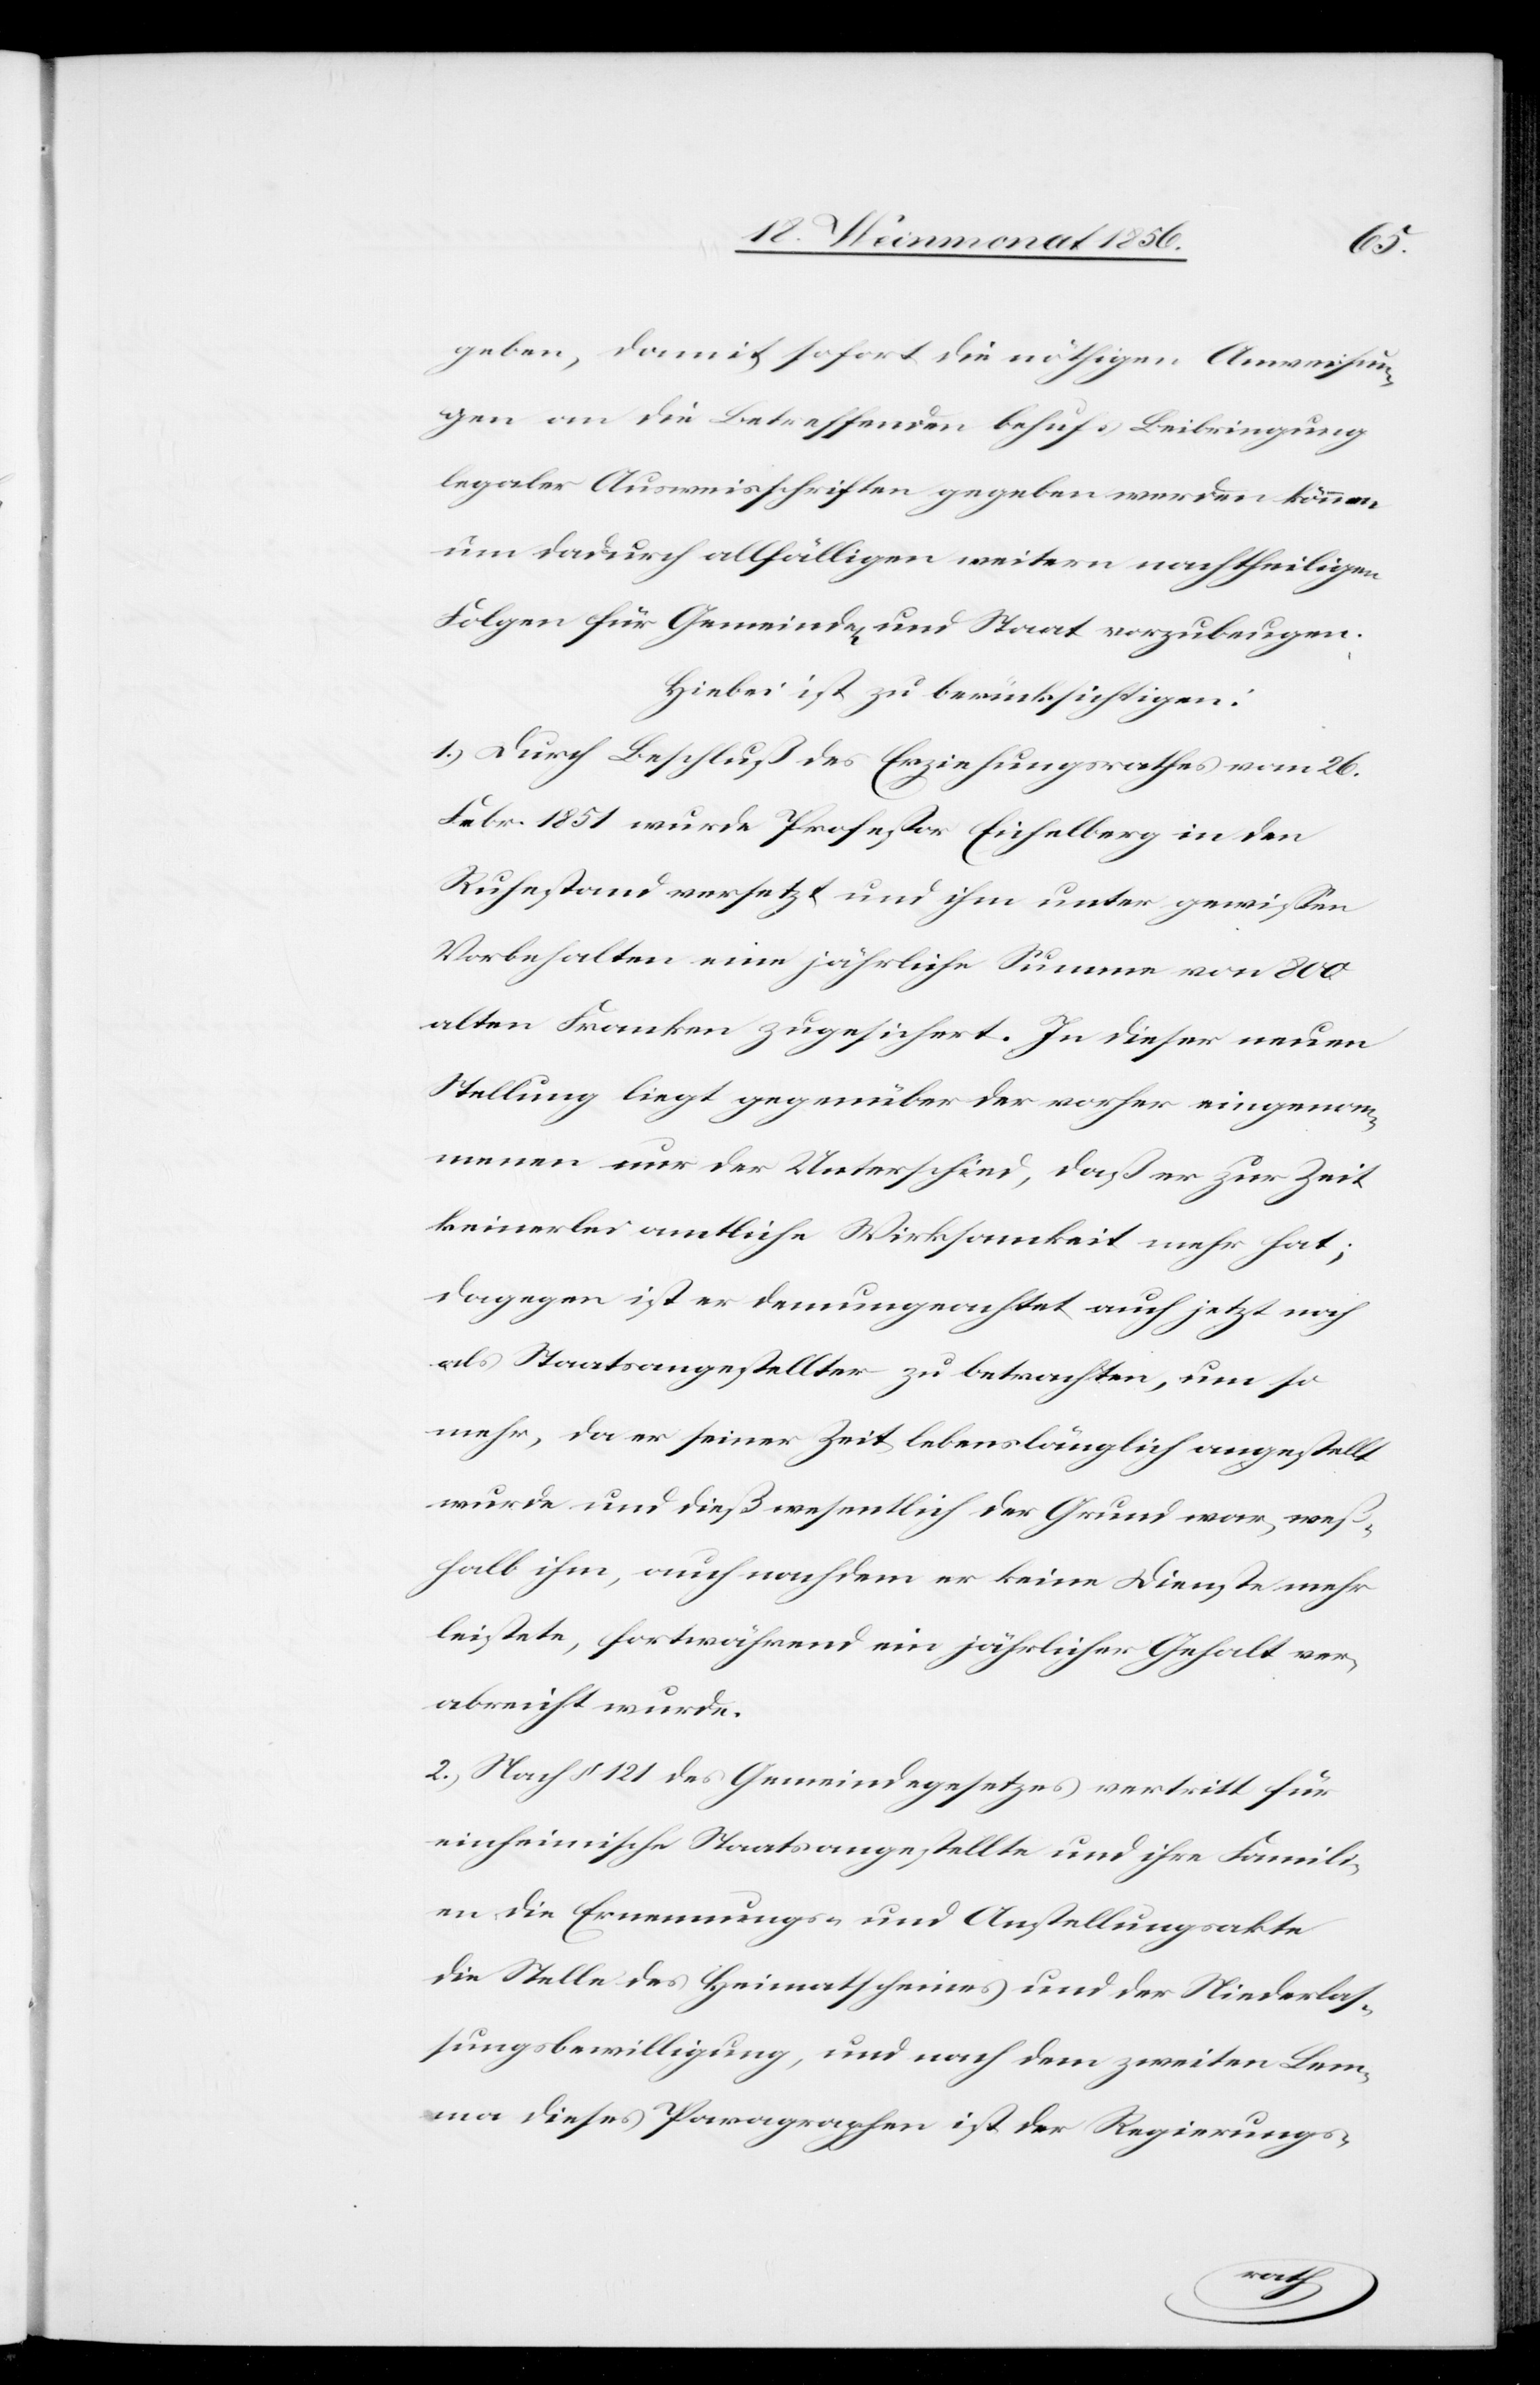
geben, damit sofort die nöthigen Ausweisun¬
gen an die Betreffenden behufs Beibringung
legaler Ausweisschriften gegeben werden können
um dadurch allfälligen weitern nachtheiligen
Folgen für Gemeinden und Staat vorzubeugen.
Hiebei ist zu berücksichtigen:
1.) Durch Beschluß des Erziehungsrathes vom 26.
Febr. 1851 wurde Professor Eichelberg in den
Ruhestand versetzt und ihm unter gewissen
Vorbehalten eine jährliche Summe von 800
alten Franken zugesichert. In dieser neuen
Stellung liegt gegenüber der vorher eingenom¬
menen nur der Unterschied, daß er zur Zeit
keinerlei amtliche Wirksamkeit mehr hat;
dagegen ist er demungeachtet auch jetzt noch
als Staatsangestellter zu betrachten, um so
mehr, da er seiner Zeit lebenslänglich angestellt
wurde und dieß wesentlich der Grund war, weß¬
halb ihm, auch nachdem er keine Dienste mehr
leistete, fortwährend ein jährlicher Gehalt ver¬
abreicht wurde.
2.) Nach § 121 des Gemeindegesetzes vertritt für
einheimische Staatsangestellte und ihre Famili¬
en die Ernennungs- und Anstellungsakte
die Stelle des Heimatscheines und der Niederlas¬
sungsbewilligung, und nach dem zweiten Lem¬
ma dieses Paragraphen ist der Regierungs-